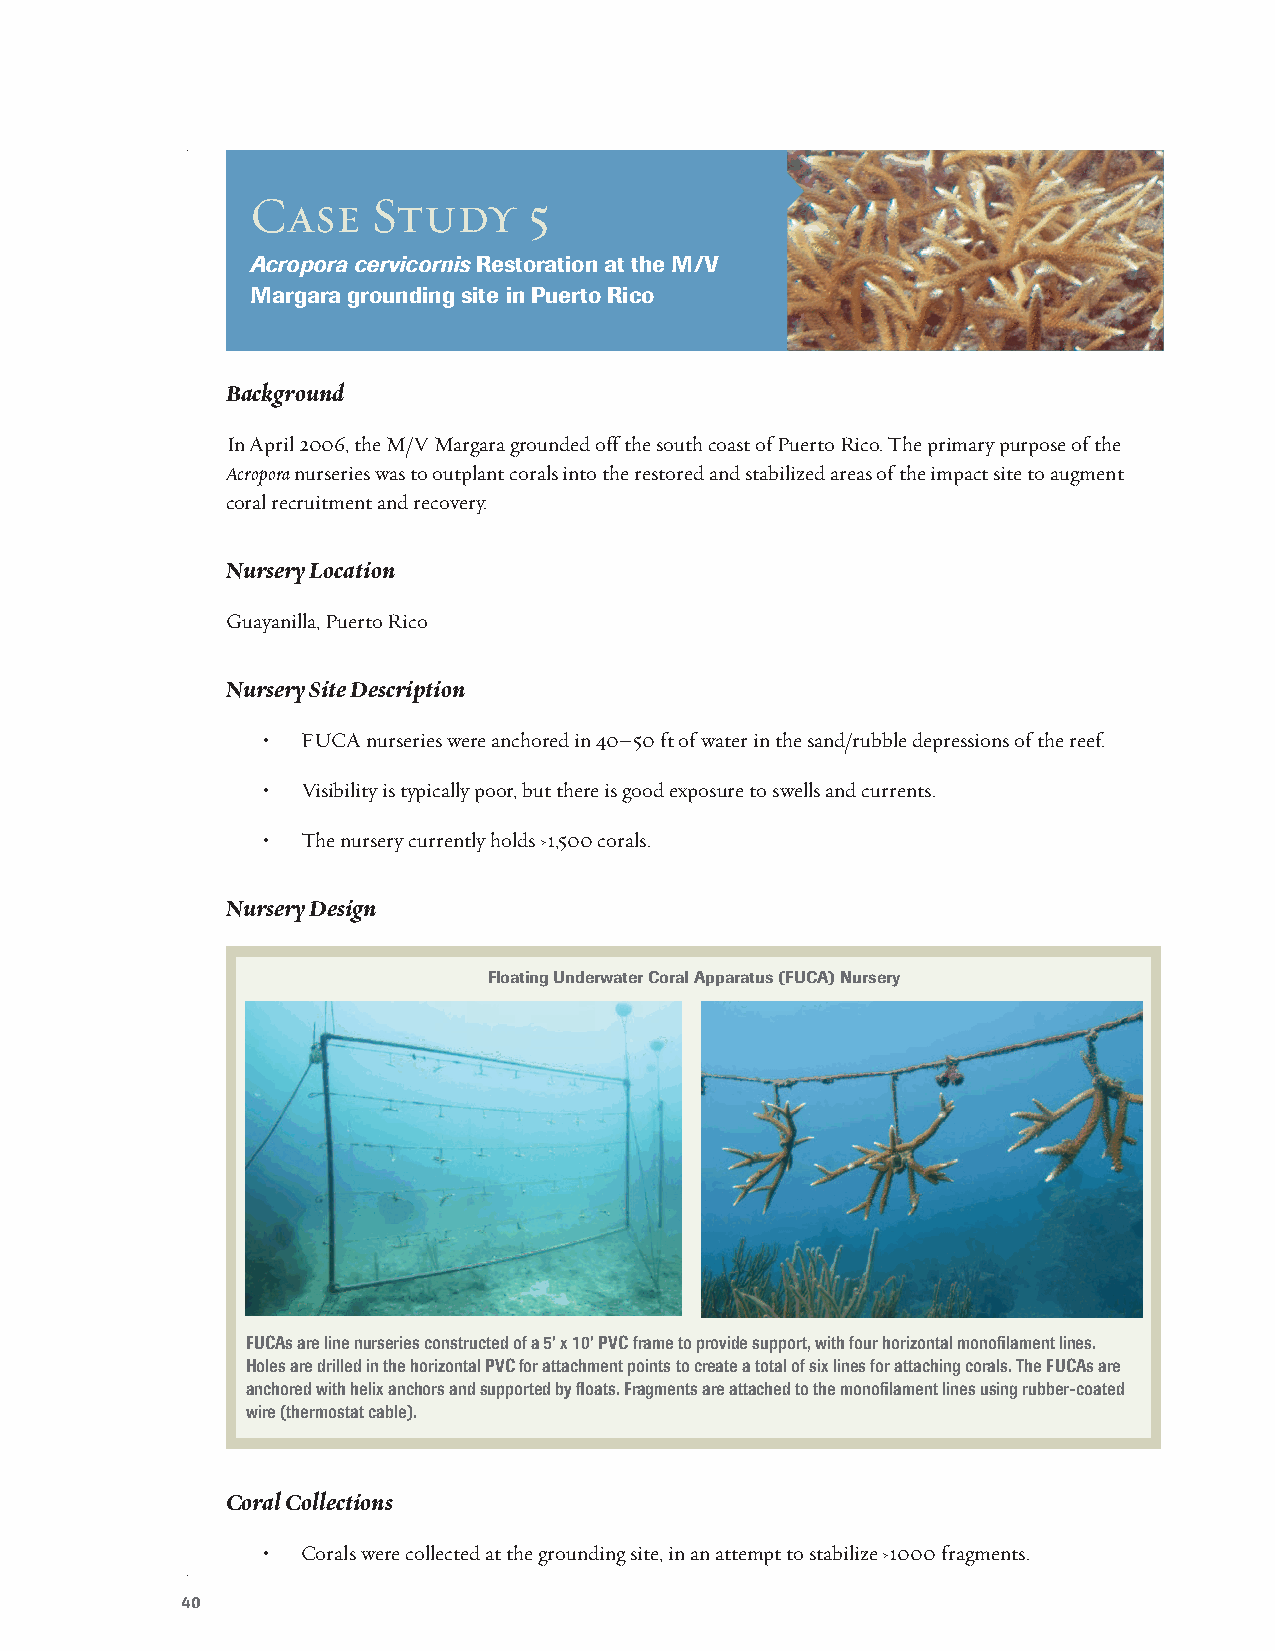
Case    Study     5
 Acropora cervicornis Restoration at the M/V
 Margara grounding site in Puerto Rico
 Background
 In April 2006, the M/V Margara grounded off the south coast of Puerto Rico. The primary purpose of the
 Acropora nurseries was to outplant corals into the restored and stabilized areas of the impact site to augment
 coral recruitment and recovery.
 Nursery Location
 Guayanilla, Puerto Rico
 Nursery Site Description
 •  FUCA nurseries were anchored in 40–50 ft of water in the sand/rubble depressions of the reef.
 •  Visibility is typically poor, but there is good exposure to swells and currents.
 •  The nursery currently holds ›1,500 corals.
 Nursery Design
 Floating Underwater Coral Apparatus (FUCA) Nursery
 FUCAs are line nurseries constructed of a 5’ x 10’ PVC frame to provide support, with four horizontal monofilament lines.
 Holes are drilled in the horizontal PVC for attachment points to create a total of six lines for attaching corals. The FUCAs are
 anchored with helix anchors and supported by floats. Fragments are attached to the monofilament lines using rubber-coated
 wire (thermostat cable).
 Coral Collections
 •  Corals were collected at the grounding site, in an attempt to stabilize ›1000 fragments.
 40